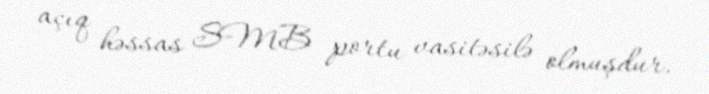
açıq həssas SMB portu vasitəsilə olmuşdur.